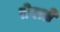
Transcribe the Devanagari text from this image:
तेखते